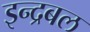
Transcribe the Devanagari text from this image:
इन्द्रबल